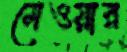
মেওয়ার